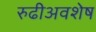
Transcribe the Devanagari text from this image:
रुढीअवशेष